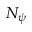
N _ { \psi }